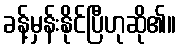
ခန့်မှန်းနိုင်ပြီဟုဆို၏။